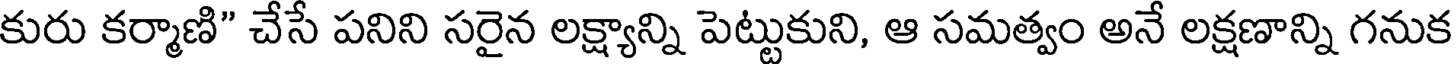
కురు కర్మాణి" చేసే పనిని సరైన లక్ష్యాన్ని పెట్టుకుని, ఆ సమత్వం అనే లక్షణాన్ని గనుక